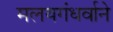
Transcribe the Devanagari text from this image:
मलयगंधर्वाने